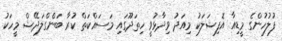
ފުލުހުންގެ މީޑިއާ އޮފިޝަލަކު މިއަދު ވިދާޅުވީ ހިތަދޫގައި މަސައްކަތް ކުރާ ބަންގްލަދޭޝް މީހަކު